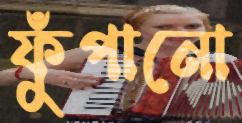
ফুঁপানো